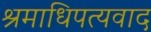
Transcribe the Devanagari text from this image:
श्रमाधिपत्यवाद